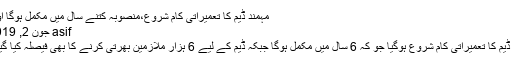
مہمند ڈیم کا تعمیراتی کام شروع،منصوبہ کتنے سال میں مکمل ہوگا اور…
asif جون 2, 2019 0
مہمند ڈیم کا تعمیراتی کام شروع ہوگیا جو کہ 6 سال میں مکمل ہوگا جبکہ ڈیم کے لیے 6 ہزار ملازمین بھرتی کرنے کا بھی فیصلہ کیا گیا ہے۔